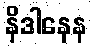
နိဒါနေန